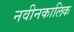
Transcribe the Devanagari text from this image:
नवीनकालिक